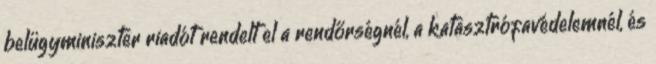
belügyminiszter riadót rendelt el a rendőrségnél, a katasztrófavédelemnél, és